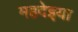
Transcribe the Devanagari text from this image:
महदेइया